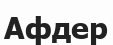
Афдер